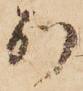
別